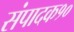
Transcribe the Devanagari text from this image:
संपादक१०